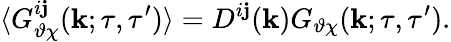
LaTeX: \langle{G_{\vartheta\chi}^{i\mathbf{j}}({\mathbf{{k}}};\tau,\tau^{\prime})}\rangle=D^{i\mathbf{j}}({\mathbf{{k}}})G_{\vartheta\chi}({\mathbf{{k}}};\tau,\tau^{\prime}).